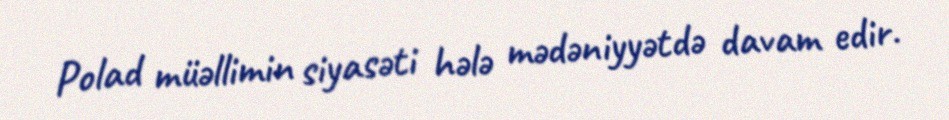
Polad müəllimin siyasəti hələ mədəniyyətdə davam edir.